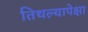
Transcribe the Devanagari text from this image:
तिथल्यापेक्षा